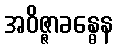
အဝိဇ္ဇာခန္ဓေန